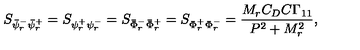
S _ { \bar { \psi } _ { r } ^ { - } \bar { \psi } _ { r } ^ { + } } = S _ { \psi _ { r } ^ { + } \psi _ { r } ^ { - } } = S _ { \bar { \Phi } _ { r } ^ { - } \bar { \Phi } _ { r } ^ { + } } = S _ { \Phi _ { r } ^ { + } \Phi _ { r } ^ { - } } = \frac { M _ { r } C _ { D } C \Gamma _ { 1 1 } } { P ^ { 2 } + M _ { r } ^ { 2 } } ,